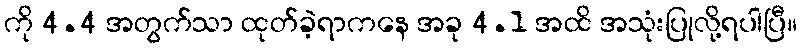
ကို 4.4 အတွက်သာ ထုတ်ခဲ့ရာကနေ အခု 4.1 အထိ အသုံးပြုလို့ရပါပြီ။